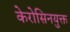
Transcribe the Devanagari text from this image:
केरोसिनयुक्त